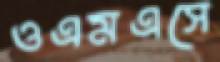
ওএমএসে